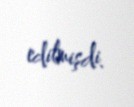
edilmişdi.